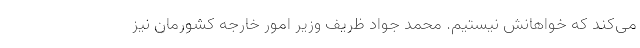
می‌کند که خواهانش نیستیم. محمد جواد ظریف وزیر امور خارجه کشورمان نیز